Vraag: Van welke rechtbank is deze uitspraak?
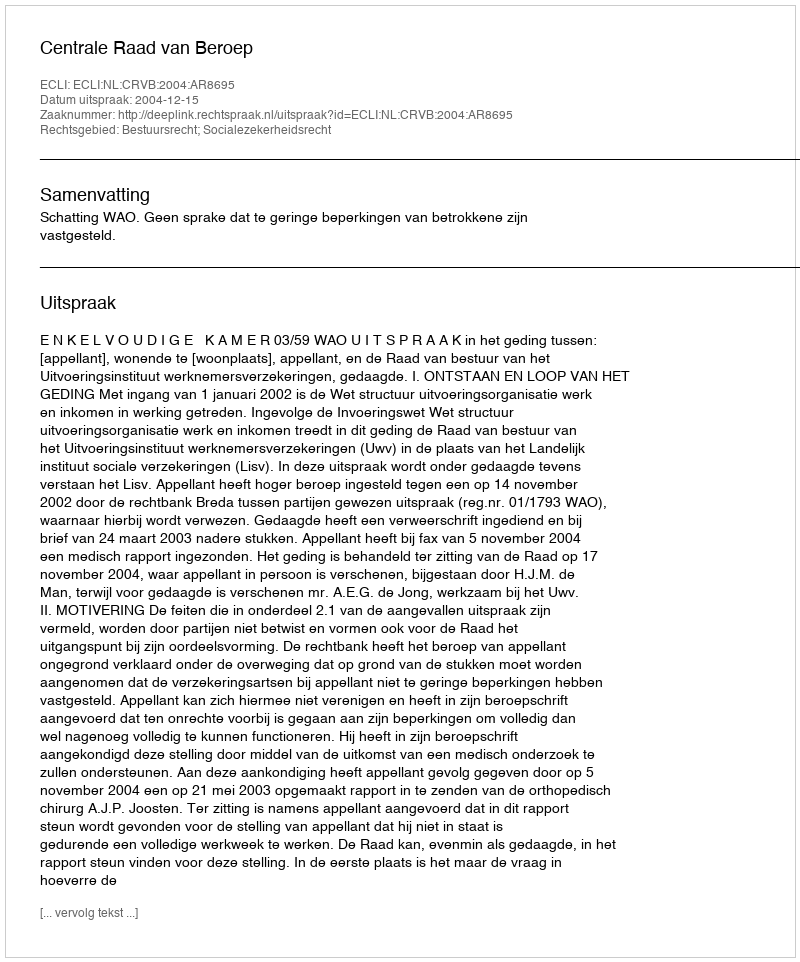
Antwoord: Centrale Raad van Beroep